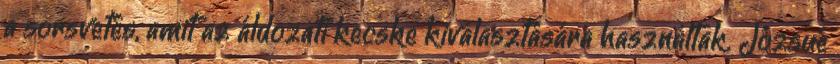
a sorsvetés, amit az áldozati kecske kiválasztására használtak. Józsué